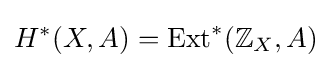
H^{*}(X,A)=\operatorname {Ext} ^{*}(\mathbb {Z} _{X},A)